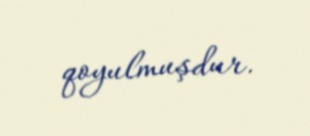
qoyulmuşdur.